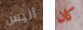
أليس كان